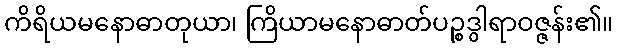
ကိရိယမနောဓာတုယာ၊ ကြိယာမနောဓာတ်ပဉ္စဒွါရာဝဇ္ဇန်း၏။